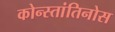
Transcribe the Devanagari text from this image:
कोन्स्तांतिनोस